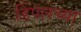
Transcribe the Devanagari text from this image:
डिंपलच्या